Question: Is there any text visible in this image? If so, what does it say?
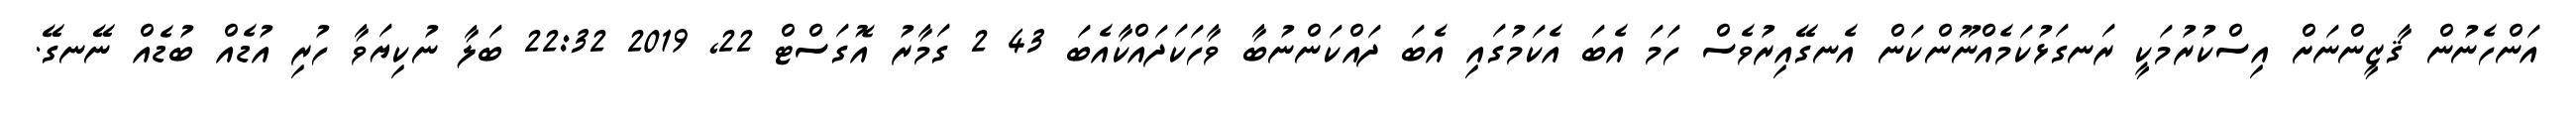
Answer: އަންހެނުން ޤާޒީންނަށް އިސްކުރުމަކީ ރަނގަޅުކަމެއްނޫންކަން އެނގޭއިރުވެސް ހަމަ އެބަ އެކަމުގައި އެބަ ދައްކަންނުބާ ވާހަކަދައްކާއެބަ 43 2 ގަމާރު އޮގަސްޓް 22, 2019 22:32 ބަލާ ނުކިޔަވާ ހުރި އުޑެއް ބުޑެއް ނޭނގޭ.